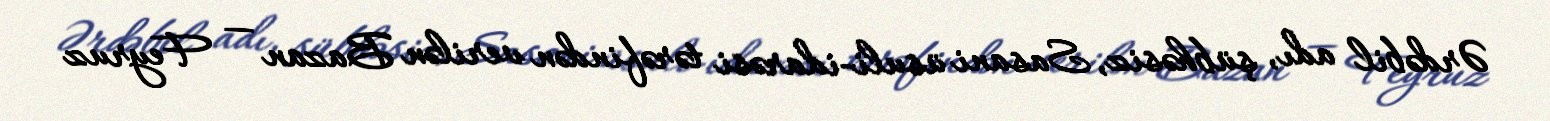
Ərdəbil adı, şübhəsiz, Sasani üsuli-idarəsi tərəfindən verilən Bazan — Feyruz